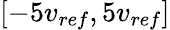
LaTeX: \left[-5v_{ref},5v_{ref}\right]